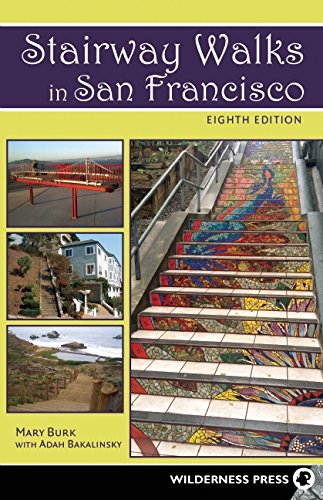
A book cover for Stairway Walks in San Francisco: The Joy of Urban Exploring; Adah Bakalinsky; Health, Fitness & Dieting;